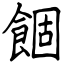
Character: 䭅